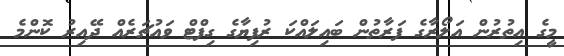
މީގެ އިތުރުން އަލޯރާގެ ފަރާތުން ބައިލައްކަ ރުފިޔާގެ ގިފްޓް ވައުޗަރެއް ދޭއިރު ކޮންމެ